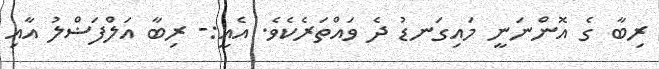
ރިބާ ގެ އޮންނަނީ މައިގަނޑު ދެ ވައްތަރެކެވެ. އެއީ:- ރިބާ އަލްފަޟްލު އާއި